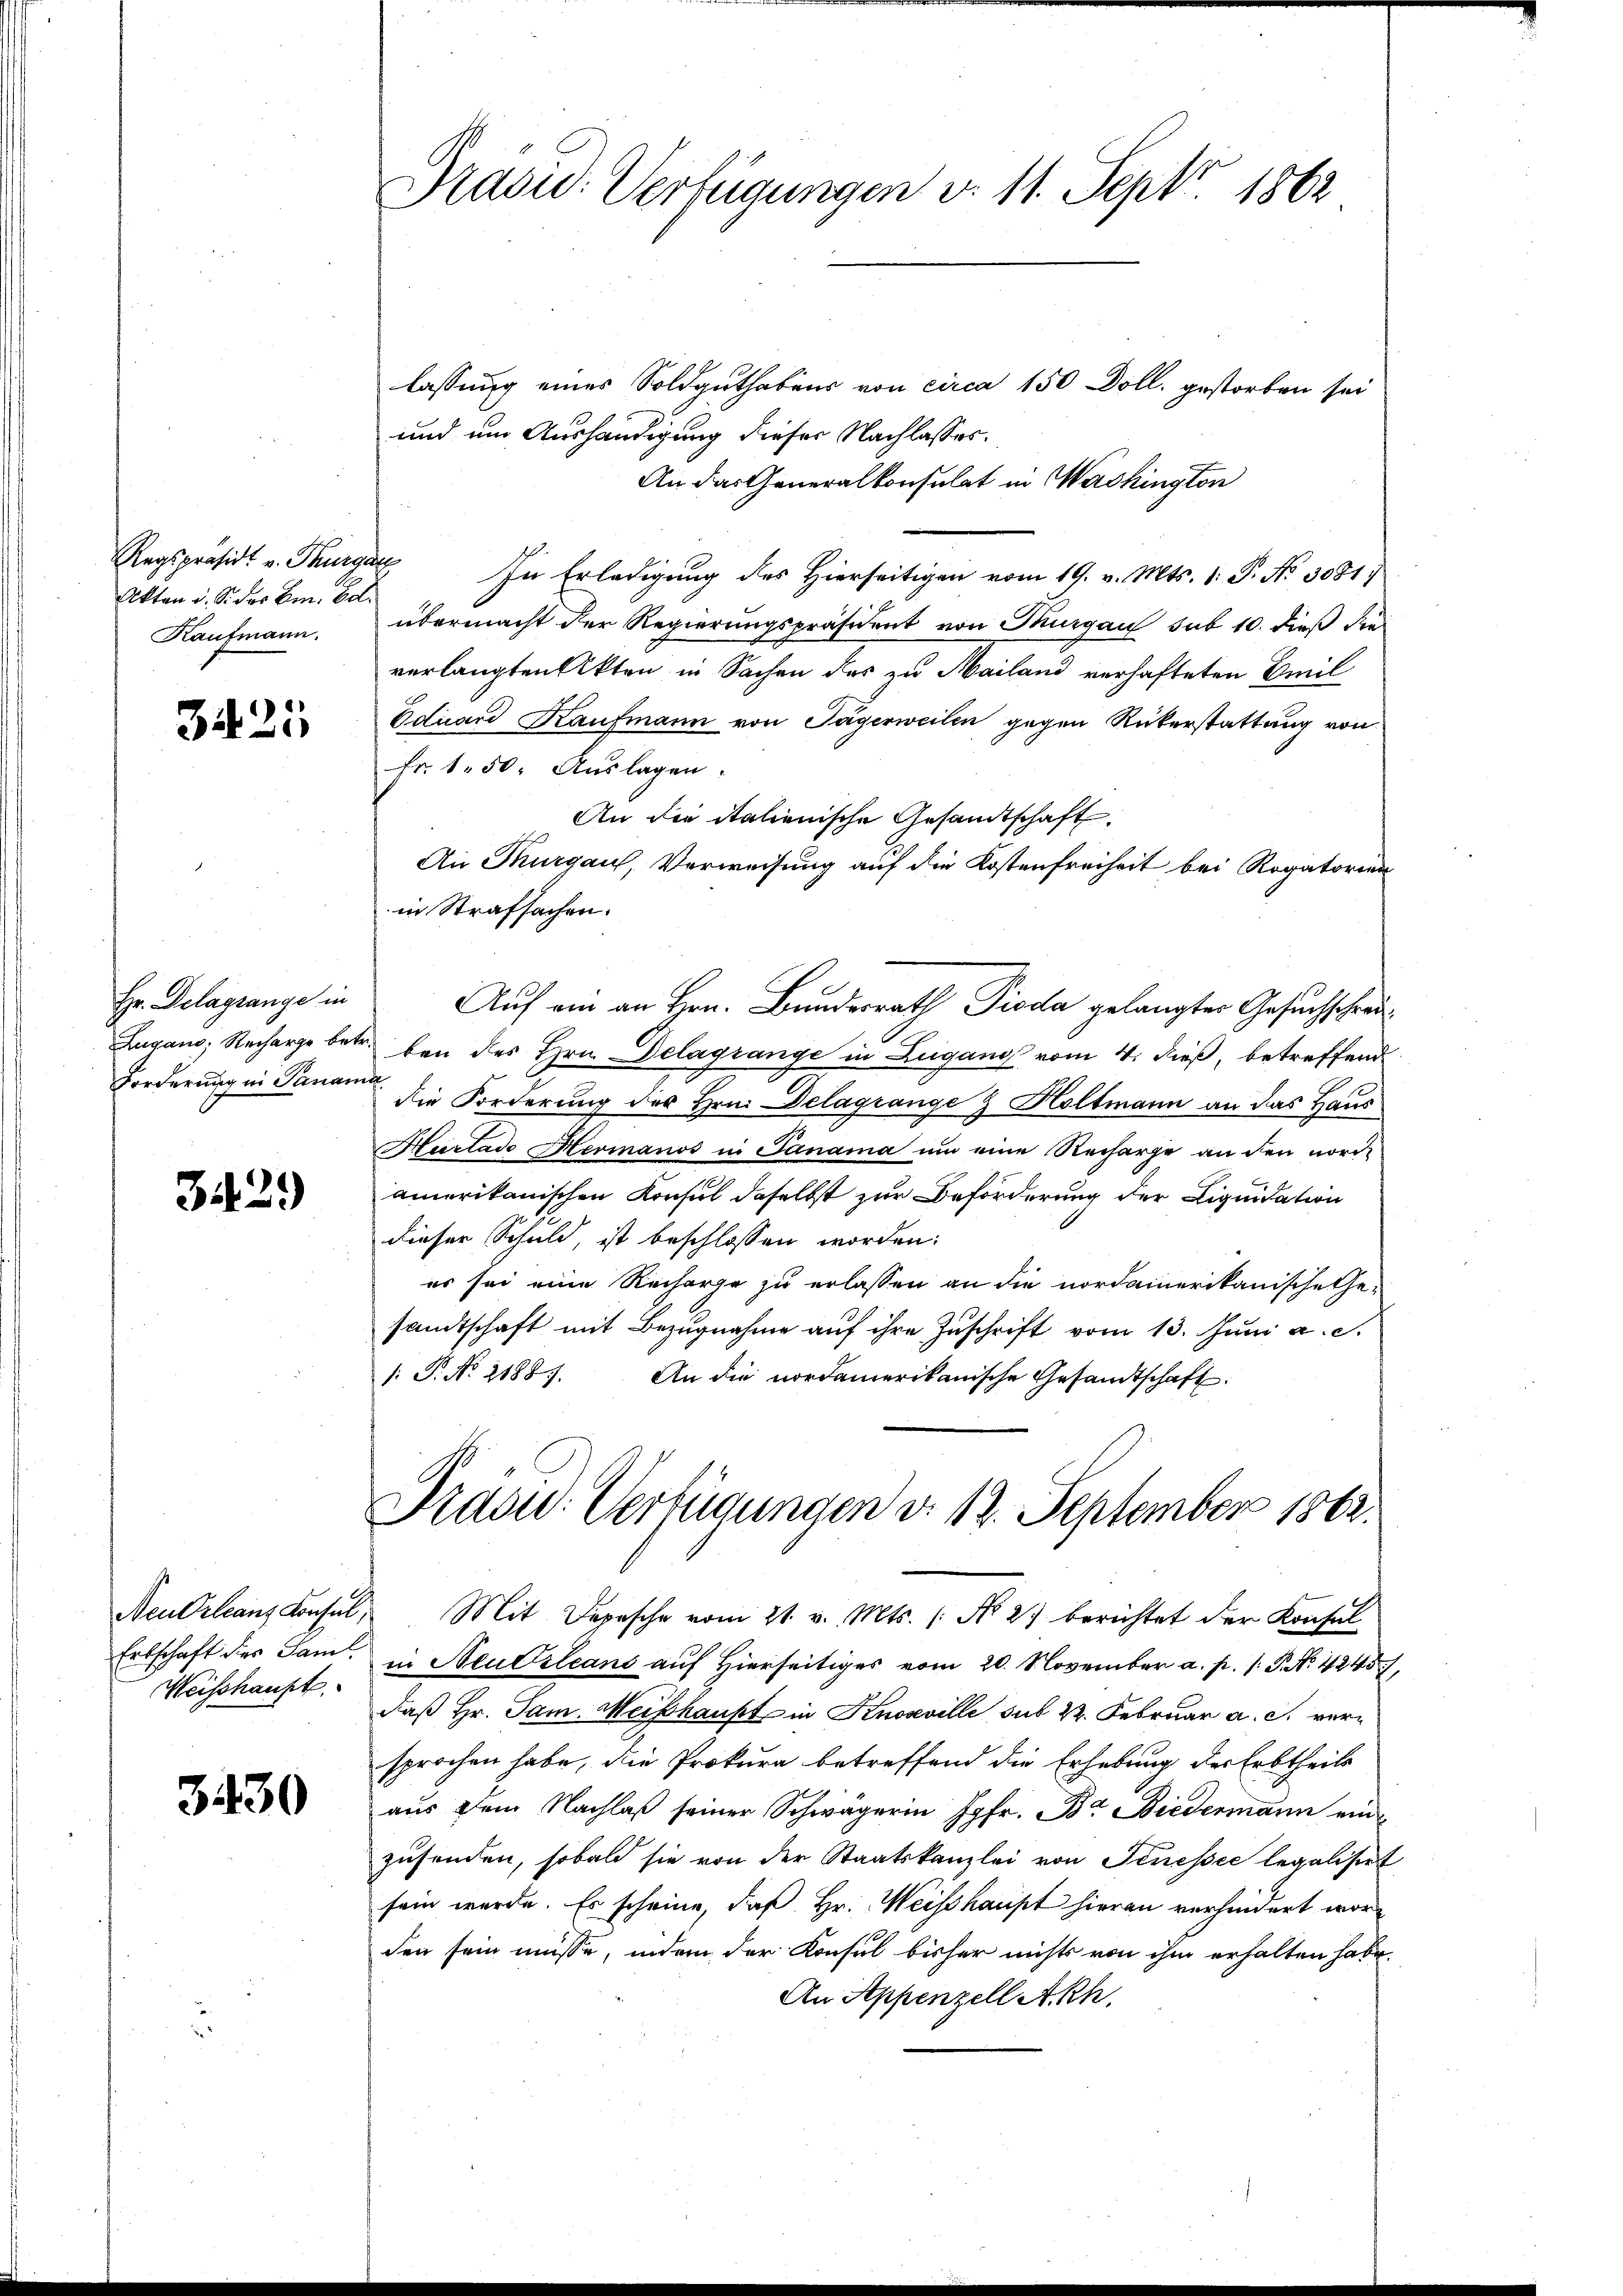
Regspräsidt v. Thurg
Akten d. S. der Em. Ed.
Kaufmann.

3425

Hr. Delagsange in
Zugano, Recharge betr
Forderung in Panan

3.429)

Erbschaft des Saml
Weisshaupt

3430

Präsid. Verfügungen v. 11. Sept 1862

lassung eines Soldguthabens von circa 150 Doll, gestorben sei
und um Aushändigung dieser Nachlasses.
An das Generalkonsulat in Washington
 In Erledigung des Hierseitigen vom 19. v. Mts. 1. P. No 3081.
übermacht der Regierungspräsident von Thurgau sub 10. dieß die
verlangten Akten in Sachen des zu Mailand verhafteten Breil
Eduard Kaufmann von Tägerweilen gegen Rükerstattung von
Fr. 1. 50. Auslagen.
An die italienische Gesandtschaft
An Thurgau, Verweisung auf die Kostenfreiheit bei Rogatorien
in Strafsachen.
Auf ein an Hrn. Bundesrath Pioda gelangter Gesuchschreiben des Hrn. Delagrange in Lugano vom 4. dieß, betreffend
richt
die Forderung des Hrn. Delagrange & Holtmann an das Haus
Harlade Hermanos in Panama um eine Recharge an den norde
amerikanischen Konsul daselbst zur Beförderung der Liquidation
dieser Schuld, ist beschlossen worden.
er sei eine Recharge zu erlassen an die nordamerikanische thesandtschaft mit Bezugnahme auf ihre Zuschrift vom 13. Juni a. c.
/. P. No. 2188. An die nordamerikanische Gesandtschaft

Präsid.: Verfügungen d. 12. September 1862.

Neu Orleans Konsul, Mit Depesche vom 21. v. Mts. (: No 27 berichtet der Konsul
in Neuerleans auf Hierseitiges vom 20. November a. p. /: P. No 4245,
daß Hr. Sam. Weishaupt in Knosville sub 22. Februar a. c. versprochen habe, die Prokura betreffend die Erhebung der Erbtheils
aus dem Nachlaß seiner Schwägerin Jgfr. Br. Biedermann einzusenden, sobald sie von der Staatskanzlei von Jenessee legalisiert
sein werde. Es scheine, daß Hr. Weisshaupt hieran verhindert worden sein müsse, indem der Konsul bisher nichts von ihm erhalten habe.
An Appenzell Akh.